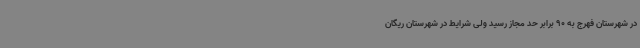
در شهرستان فهرج به 90 برابر حد مجاز رسید ولی شرایط در شهرستان ریگان